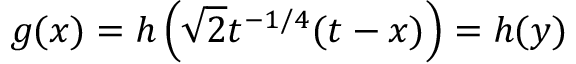
g ( x ) = h \left( \sqrt { 2 } t ^ { - 1 / 4 } ( t - x ) \right) = h ( y )